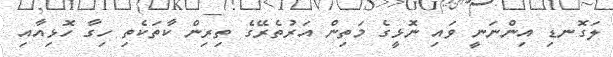
ލަގޮނޑި އިންނަނީ ވައި ނޮޅީގެ މަތިން އަރުތެރޭގެ ތިރިން ކާތަކެތި ހިގާ ހޮޅިއާއި